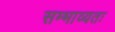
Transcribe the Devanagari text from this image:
सम्भाव्यतः